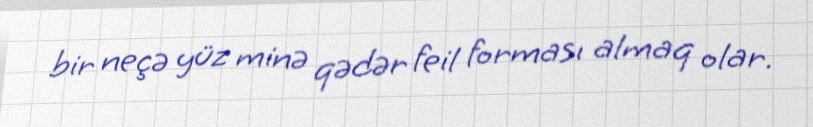
bir neçə yüz minə qədər feil forması almaq olar.